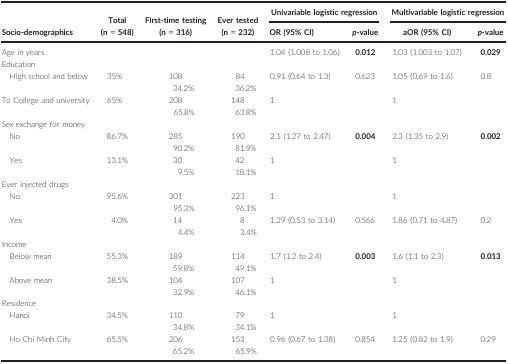
<table><thead><tr><td rowspan="2"><b>Socio‐demographics</b></td><td rowspan="2"><b>Total (n = 548)</b></td><td rowspan="2"><b>First‐time testing (n = 316)</b></td><td rowspan="2"><b>Ever tested (n = 232)</b></td><td colspan="2"><b>Univariable logistic regression</b></td><td colspan="2"><b>Multivariable logistic regression</b></td></tr><tr><td><b>OR (95% CI)</b></td><td><b><i>p</i>‐value</b></td><td><b>aOR (95% CI)</b></td><td><b><i>p</i>‐value</b></td></tr></thead><tbody><tr><td>Age in years</td><td></td><td></td><td></td><td>1.04 (1.008 to 1.06)</td><td><b>0.012</b></td><td>1.03 (1.003 to 1.07)</td><td><b>0.029</b></td></tr><tr><td colspan="8">Education</td></tr><tr><td>High school and below</td><td>35%</td><td>10834.2%</td><td>8436.2%</td><td>0.91 (0.64 to 1.3)</td><td>0.623</td><td>1.05 (0.69 to 1.6)</td><td>0.8</td></tr><tr><td>To College and university</td><td>65%</td><td>20865.8%</td><td>14863.8%</td><td>1</td><td></td><td>1</td><td></td></tr><tr><td colspan="8">Sex exchange for money</td></tr><tr><td>No</td><td>86.7%</td><td>28590.2%</td><td>19081.9%</td><td>2.1 (1.27 to 2.47)</td><td><b>0.004</b></td><td>2.3 (1.35 to 2.9)</td><td><b>0.002</b></td></tr><tr><td>Yes</td><td>13.1%</td><td>309.5%</td><td>4218.1%</td><td>1</td><td></td><td>1</td><td></td></tr><tr><td colspan="8">Ever injected drugs</td></tr><tr><td>No</td><td>95.6%</td><td>30195.3%</td><td>22396.1%</td><td>1</td><td></td><td>1</td><td></td></tr><tr><td>Yes</td><td>4.0%</td><td>144.4%</td><td>83.4%</td><td>1.29 (0.53 to 3.14)</td><td>0.566</td><td>1.86 (0.71 to 4.87)</td><td>0.2</td></tr><tr><td colspan="8">Income</td></tr><tr><td>Below mean</td><td>55.3%</td><td>18959.8%</td><td>11449.1%</td><td>1.7 (1.2 to 2.4)</td><td><b>0.003</b></td><td>1.6 (1.1 to 2.3)</td><td><b>0.013</b></td></tr><tr><td>Above mean</td><td>38.5%</td><td>10432.9%</td><td>10746.1%</td><td>1</td><td></td><td>1</td><td></td></tr><tr><td colspan="8">Residence</td></tr><tr><td>Hanoi</td><td>34.5%</td><td>11034.8%</td><td>7934.1%</td><td>1</td><td></td><td>1</td><td></td></tr><tr><td>Ho Chi Minh City</td><td>65.5%</td><td>20665.2%</td><td>15365.9%</td><td>0.96 (0.67 to 1.38)</td><td>0.854</td><td>1.25 (0.82 to 1.9)</td><td>0.29</td></tr></tbody></table>